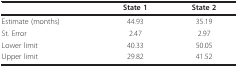
<table><thead><tr><td></td><td><b>State 1</b></td><td><b>State 2</b></td></tr></thead><tbody><tr><td>Estimate (months)</td><td>44.93</td><td>35.19</td></tr><tr><td>St. Error</td><td>2.47</td><td>2.97</td></tr><tr><td>Lower limit</td><td>40.33</td><td>50.05</td></tr><tr><td>Upper limit</td><td>29.82</td><td>41.52</td></tr></tbody></table>